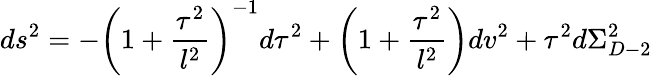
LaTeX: ds^{2}=-\left(1+\frac{\tau^{2}}{l^{2}}\right)^{-1}d\tau^{2}+\left(1+\frac{\tau^{2}}{l^{2}}\right)dv^{2}+\tau^{2}d\Sigma_{D-2}^{2}